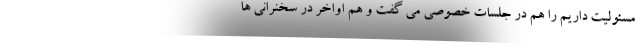
مسئولیت داریم را هم در جلسات خصوصی می گفت و هم اواخر در سخنرانی ها